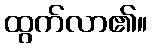
ထွက်လာ၏။